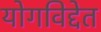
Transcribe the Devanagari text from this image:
योगविद्देत